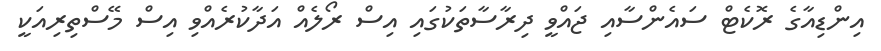
އިންޑިއާގެ ރޮކެޓް ސައެންސާއި ޖައްވީ ދިރާސާތަކުގައި އިސް ރޯލެއް އަދާކުރެއްވި އިސް މޭސްތިރިއަކީ